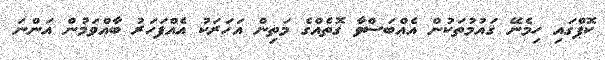
ކޮޕްގައި ހިމެނޭ ޤައުމުތަކުން އެއްބަސްވާ ގޮތެއްގެ މަތިން އަހަރަކު އެއްފަހަރު ބާއްވަމުން އަންނަ